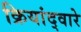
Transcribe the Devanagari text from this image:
क्रियांद्वारे